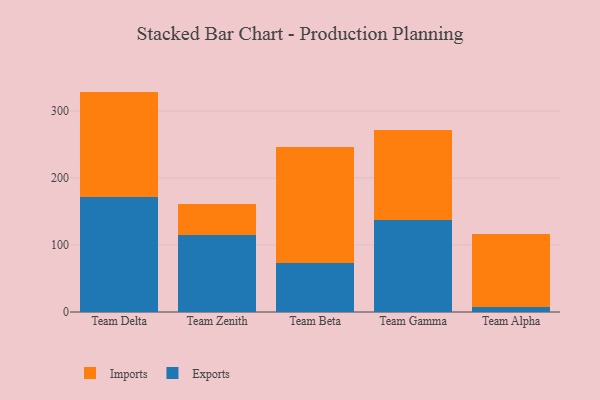
{"axis": {"x": "Team", "y": "Demand Index"}, "legend": ["Exports", "Imports"], "data": [{"x": "Team Delta", "y": 170.9, "type": "Exports"}, {"x": "Team Delta", "y": 158.0, "type": "Imports"}, {"x": "Team Zenith", "y": 114.3, "type": "Exports"}, {"x": "Team Zenith", "y": 46.8, "type": "Imports"}, {"x": "Team Beta", "y": 73.1, "type": "Exports"}, {"x": "Team Beta", "y": 172.9, "type": "Imports"}, {"x": "Team Gamma", "y": 137.5, "type": "Exports"}, {"x": "Team Gamma", "y": 133.6, "type": "Imports"}, {"x": "Team Alpha", "y": 7.4, "type": "Exports"}, {"x": "Team Alpha", "y": 109.1, "type": "Imports"}]}